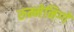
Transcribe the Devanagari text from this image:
रुम्मेनिग्गे